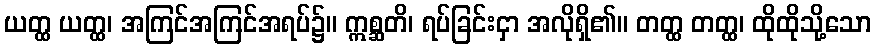
ယတ္ထ ယတ္ထ၊ အကြင်အကြင်အရပ်၌။ ဣစ္ဆတိ၊ ရပ်ခြင်းငှာ အလိုရှိ၏။ တတ္ထ တတ္ထ၊ ထိုထိုသို့သော